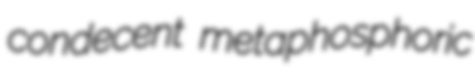
condecent metaphosphoric